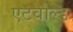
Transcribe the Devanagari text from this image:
एटवाल्ड